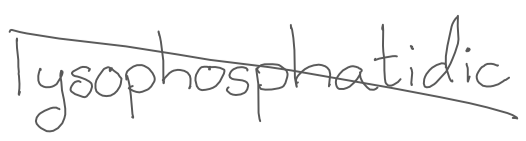
Text: lysophosphatidic
Cross-out: diagonal
Writing tool: digital_gray